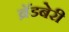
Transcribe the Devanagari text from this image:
ब्रॅडबेरी